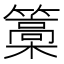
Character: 𮆥